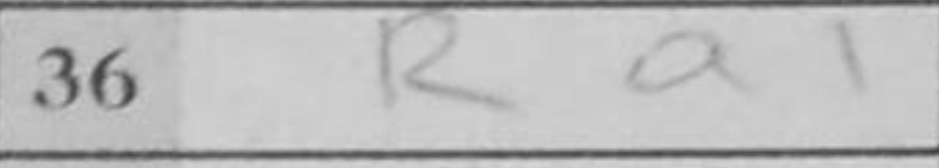
Transcription: Ra1